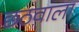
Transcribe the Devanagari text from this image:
छठवाला